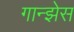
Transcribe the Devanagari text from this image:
गान्झेस